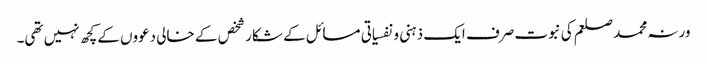
ورنہ محمد صلعم کی نبوت صرف ایک ذہنی و نفسیاتی مسائل کے شکار شخص کے خالی دعووں کے کچھ نہیں تھی۔